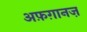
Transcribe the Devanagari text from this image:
अफ़ग़ानज़